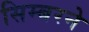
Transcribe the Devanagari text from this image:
सिम्बरने